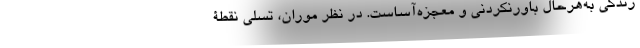
زندگی به‌هرحال باورنکردنی و معجزه‌آساست. در نظر موران، تسلیْ نقطۀ